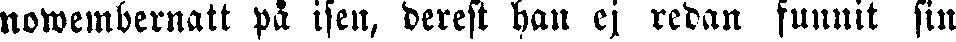
nowembernatt på isen, derest han ej redan funnit sin